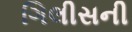
ગિલીસની